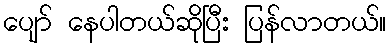
ပျော် နေပါတယ်ဆိုပြီး ပြန်လာတယ်။